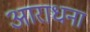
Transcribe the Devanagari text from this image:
अाराधना